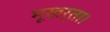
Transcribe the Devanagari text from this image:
मूखर्ता।